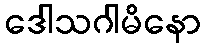
ဒေါသဂါမိနော